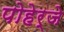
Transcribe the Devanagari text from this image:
पोहेर्जे